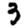
Digit: 3